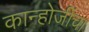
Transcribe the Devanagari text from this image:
कान्होजींचा